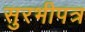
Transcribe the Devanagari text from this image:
सुरभीपत्र